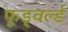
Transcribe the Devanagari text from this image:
फूड्वर्ल्ड